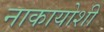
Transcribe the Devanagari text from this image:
नाकायोशी